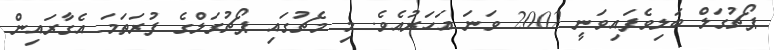
ޕޯޗުގަލް ބަލިވެފައިވަނީ 2002 ވަނަ އަހަރުއެވެ. މި މެޗުގައި ޕޯޗުގަލްގެ ފުރަތަމަ އެގާރައިން